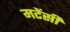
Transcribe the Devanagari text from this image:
मटेंसी